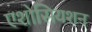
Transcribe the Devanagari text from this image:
एशोसियशन